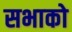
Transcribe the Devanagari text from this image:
सभाको